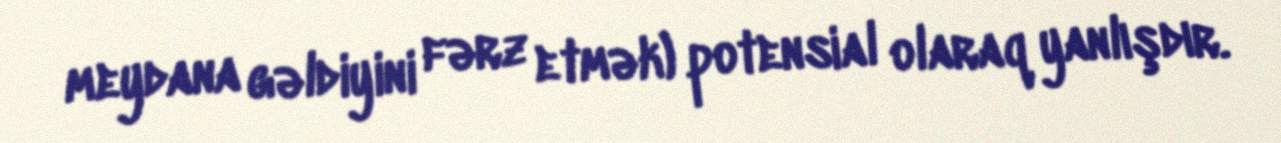
meydana gəldiyini fərz etmək) potensial olaraq yanlışdır.